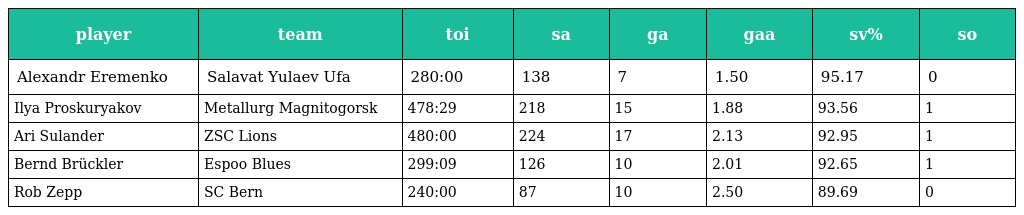
| player | team | toi | sa | ga | gaa | sv% | so |
 | --- | --- | --- | --- | --- | --- | --- | --- |
 | Alexandr Eremenko | Salavat Yulaev Ufa | 280:00 | 138 | 7 | 1.50 | 95.17 | 0 |
 | Ilya Proskuryakov | Metallurg Magnitogorsk | 478:29 | 218 | 15 | 1.88 | 93.56 | 1 |
 | Ari Sulander | ZSC Lions | 480:00 | 224 | 17 | 2.13 | 92.95 | 1 |
 | Bernd Brückler | Espoo Blues | 299:09 | 126 | 10 | 2.01 | 92.65 | 1 |
 | Rob Zepp | SC Bern | 240:00 | 87 | 10 | 2.50 | 89.69 | 0 |